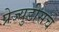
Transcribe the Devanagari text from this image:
प्रेज्युडीसचे